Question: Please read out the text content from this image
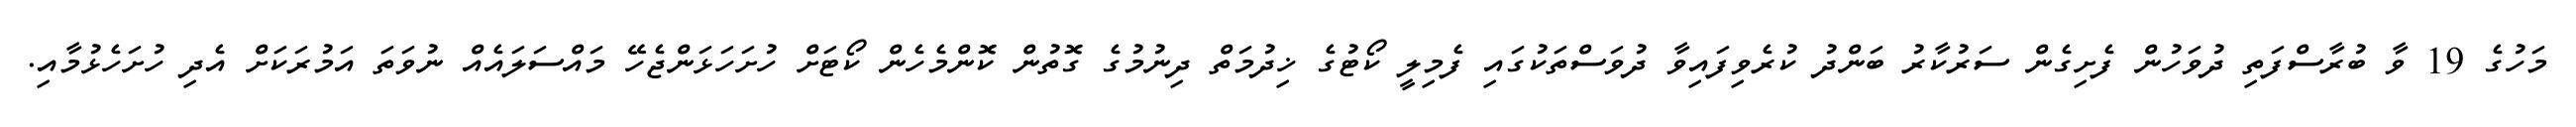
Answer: މަހުގެ 19 ވާ ބުރާސްފަތި ދުވަހުން ފެށިގެން ސަރުކާރު ބަންދު ކުރެވިފައިވާ ދުވަސްތަކުގައި ފެމިލީ ކޯޓުގެ ޚިދުމަތް ދިނުމުގެ ގޮތުން ކޮންމެހެން ކޯޓަށް ހުށަހަޅަންޖެހޭ މައްސަލައެއް ނުވަތަ އަމުރަކަށް އެދި ހުށަހެޅުމާއި.